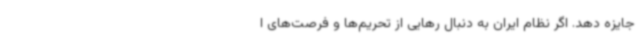
جایزه دهد. اگر نظام ایران به دنبال رهایی از تحریم‌ها و فرصت‌های ا